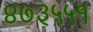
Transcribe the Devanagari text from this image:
४७३५५१